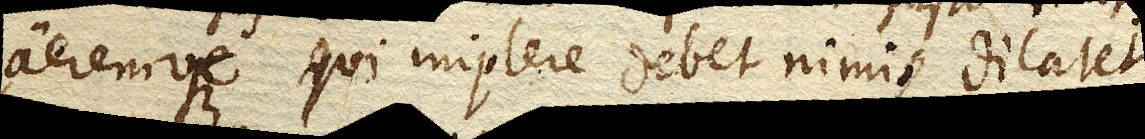
aeremvein Tubo aeremque qui implere debet nimis dilatet.